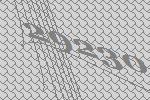
29230